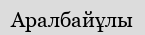
Аралбайұлы